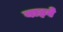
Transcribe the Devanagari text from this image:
बाइवे